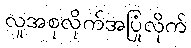
လူအစုလိုက်အပြုံလိုက်